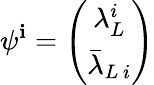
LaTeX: \psi^{\mathbf{i}}=\left(\begin{array}{c}{{\lambda_{L}^{i}}}\\ {{\bar{\lambda}_{L\, i}}}\end{array}\right)